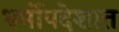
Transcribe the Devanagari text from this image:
धर्मोपदेशात